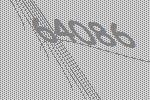
64086